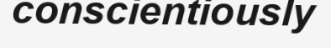
conscientiously